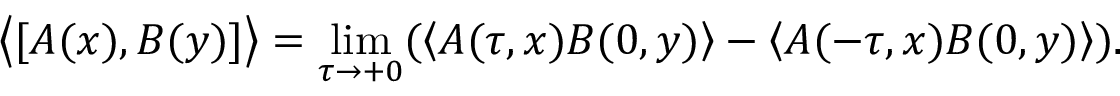
\left\langle \lbrack A ( x ) , B ( y ) ] \right\rangle = \operatorname * { l i m } _ { \tau \rightarrow + 0 } ( \left\langle A ( \tau , x ) B ( 0 , y ) \right\rangle - \left\langle A ( - \tau , x ) B ( 0 , y ) \right\rangle ) .